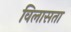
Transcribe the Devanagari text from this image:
विलासता